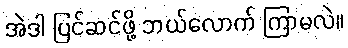
အဲဒါ ပြင်ဆင်ဖို့ ဘယ်လောက် ကြာမလဲ။